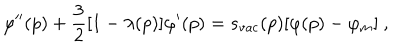
\varphi ^ { \prime \prime } ( p ) + { \frac { 3 } { 2 } } [ 1 - \lambda ( p ) ] \varphi ^ { \prime } ( p ) = s _ { \mathrm { v a c } } ( p ) [ \varphi ( p ) - \varphi _ { m } ] \ ,